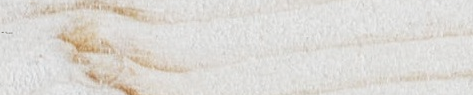
معرض الحياة